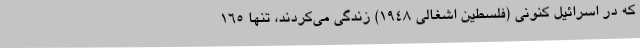
که در اسرائیل کنونی (فلسطین اشغالی 1948) زندگی می‌کردند، تنها 165